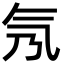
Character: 氖